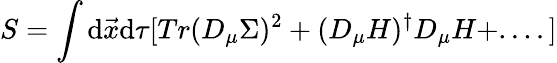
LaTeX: S=\int\mathrm{d}\vec{{x}}\mathrm{d}\tau[Tr(D_{\mu}\Sigma)^{2}+(D_{\mu}H)^{\dagger}D_{\mu}H+....]